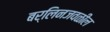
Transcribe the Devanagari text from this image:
बर्लिनजवळील